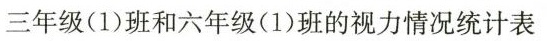
三年级(1)班和六年级(1)班的视力情况统计表